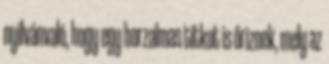
nyilvánvaló, hogy egy borzalmas titkot is őriznek, mely az